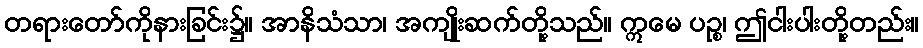
တရားတော်ကိုနားခြင်း၌။ အာနိသံသာ၊ အကျိုးဆက်တို့သည်။ ဣမေ ပဉ္စ၊ ဤငါးပါးတို့တည်း။